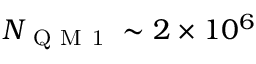
N _ { \mathrm { ~ Q ~ M ~ 1 ~ } } \sim 2 \times 1 0 ^ { 6 }